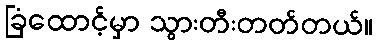
ခြံထောင့်မှာ သွားတီးတတ်တယ်။